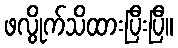
ဖလွိုက်သိထားပြီးပြီ။